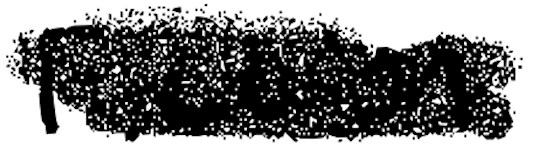
Text: Fiction.
Cross-out: scratch
Writing tool: digital_black